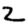
Digit: 2